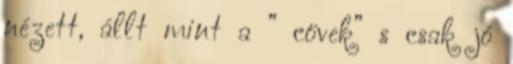
nézett, állt mint a ” cövek” s csak jó